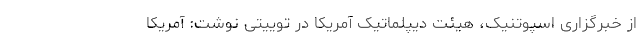
از خبرگزاری اسپوتنیک، هیئت دیپلماتیک آمریکا در توییتی نوشت: آمریکا